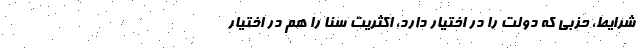
شرایط، حزبی که دولت را در اختیار دارد، اکثریت سنا را هم در اختیار